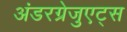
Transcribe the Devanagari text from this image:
अंडरग्रेजुएट्स